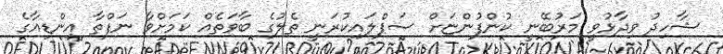
ޝާހިދު ވިދާޅުވީ މަރުބޭނީ ކުންފުންޏަށް ސަޕްލައިކުރަނީ ތެލުގެ ބާވަތެއް ކަމަށްވާ ނަފްތާ އިންޑިއާގެ